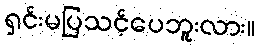
ရှင်းမပြသင့်ပေဘူးလား။